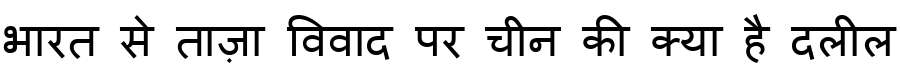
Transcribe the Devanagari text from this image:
भारत से ताज़ा विवाद पर चीन की क्या है दलील